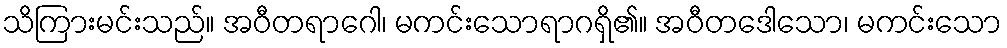
သိကြားမင်းသည်။ အဝီတရာဂေါ၊ မကင်းသောရာဂရှိ၏။ အဝီတဒေါသော၊ မကင်းသော